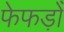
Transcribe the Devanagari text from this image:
फेफड़ोँ